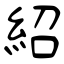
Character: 紹